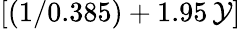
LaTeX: [(1/0.385)+1.95\, \mathcal{Y}]